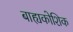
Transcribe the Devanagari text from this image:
बाह्यकोशिक